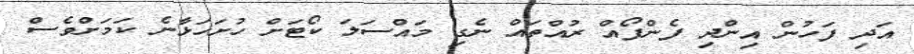
އަދި ފަހުން އިންދި ފެންފޯއް ރުއްތައް ނެގި މައްސަލަ ކޯޓަށް ހުށަހަޅާނެ ކަމަށްވެސް